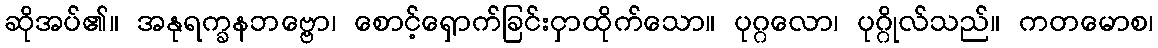
ဆိုအပ်၏။ အနုရက္ခနဘဗ္ဗော၊ စောင့်ရှောက်ခြင်းငှာထိုက်သော။ ပုဂ္ဂလော၊ ပုဂ္ဂိုလ်သည်။ ကတမောစ၊